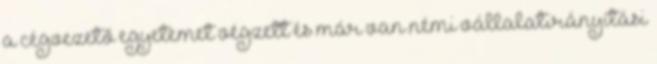
a cégvezető egyetemet végzett és már van némi vállalatirányítási